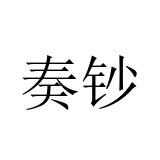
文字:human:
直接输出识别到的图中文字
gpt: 奏钞